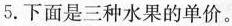
5.下面是三种水果的单价。